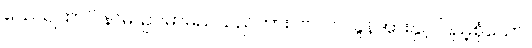
သေယျထာပိ နာမ၊ ဥပမာမည်သည်ကား။ ဗလဝါ၊ ခွန်အားနှင့် ပြည့်စုံသော။